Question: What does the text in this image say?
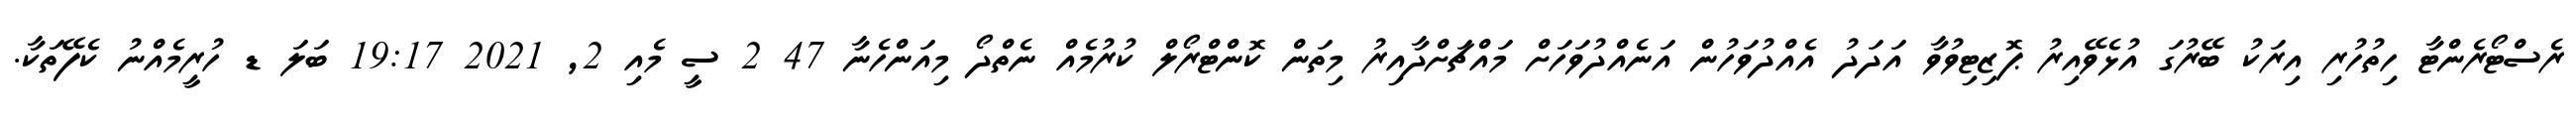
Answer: ރެސްޓޯރެންޓާ ހިތުހުރި އިރަކު ބޭރުގަ އުޅެވޭއިރު ޕޮޒިޓިވުވާ އަދަދު އެއްދުވަހުން އަނެއްދުވަހަށް މައްޗަށްދާއިރު މިތަން ކޮންޓްރޯލް ކުރުމެއް ނެތްދޯ މިއަންހެނާ 47 2 ސީ މެއި 2, 2021 19:17 ބަލަ ޑ ހުރީމެއްނު ކެފޭތަކާ.